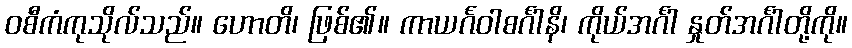
ဝစီကံကုသိုလ်သည်။ ဟောတိ၊ ဖြစ်၏။ ကာယင်္ဂဝါစင်္ဂါနိ၊ ကိုယ်အင်္ဂါ နှုတ်အင်္ဂါတို့ကို။